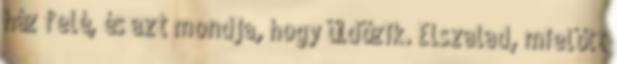
ház felé, és azt mondja, hogy üldözik. Elszalad, mielőtt